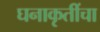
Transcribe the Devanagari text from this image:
घनाकृतींचा